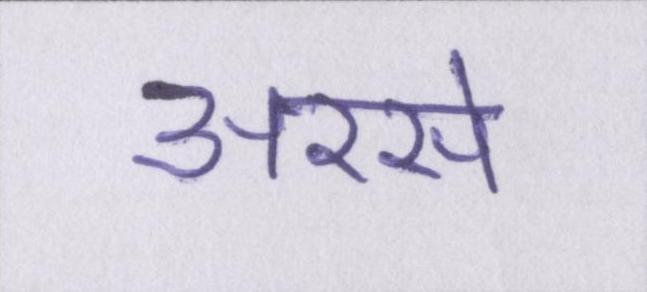
अरसे